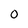
Character: 0